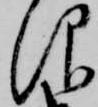
仰